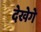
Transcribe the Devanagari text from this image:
देखेगे